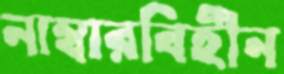
নাম্বারবিহীন